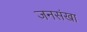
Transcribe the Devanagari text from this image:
जनसंखा